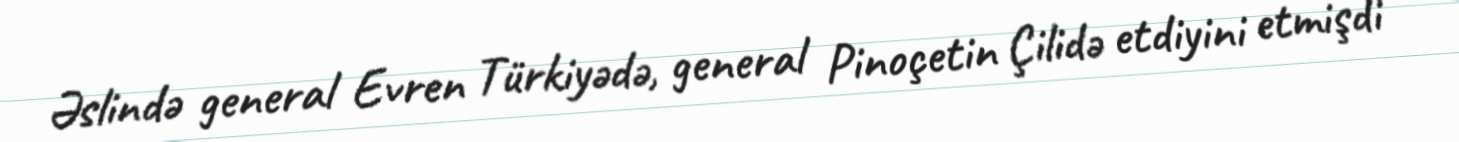
Əslində general Evren Türkiyədə, general Pinoçetin Çilidə etdiyini etmişdi -